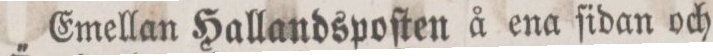
Emellan Hallandspoſten å ena fidan och